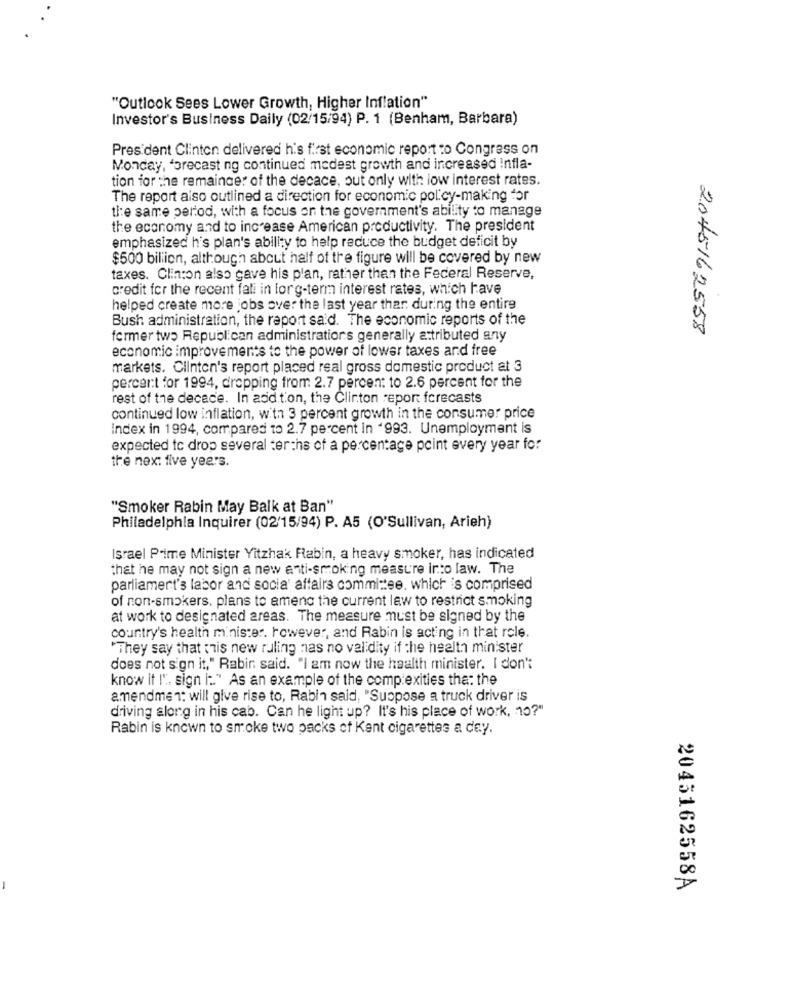
"Outlook Sees Lower Growth, Higher Inflation"
Investor's Business Daily (02/15/94) P. 1 (Benham, Barbara)
President Clinton delivered his first economic report to Congress on
Monday, forecast ng continued medest growth and increased Infla-
tion for the remainder of the decace, out only with low interest rates.
The report also outlined a direction for economic policy-making for
the same period, with a focus on the government's ability to manage
the economy and to increase American productivity. The president
emphasized h's plan's ability to help reduce the budget deficit by
$500 billion, although about half of the figure will be covered by new
taxes. Clinton also gave his plan, rather than the Federal Reserve,
credit for the recent fali in long-term interest rates, which have
helped create more jobs over the last year thar. during the entire
Bush administration, the report said. The economic reports of the
2045162558
former two Republican administrations generally attributed any
economic improvements to the power of lower taxes and free
markets. Clinton's report placed real gross domestic product at 3
percent for 1994, dropping from 2.7 percent to 2.6 percent for the
rest of the decade. In addition, the Clinton report forecasts
continued low inflation, with 3 percent growth in the consumer price
Index in 1994, compared to 2.7 percent In '993. Unemployment is
expected to drop several terths of a percentage point every year for
the next five years.
"Smoker Rabin May Balk at Ban"
Philadelphia Inquirer (02/15/94) P. A5 (O'Sullivan, Arieh)
Israel Prime Minister Yitzhak Rabin, a heavy smoker, has indicated
that he may not sign a new anti-smoking measure into law. The
parliament's labor and socia' affairs committee, which is comprised
of non-smokers. plans to amend the current law to restrict smoking
at work to designated areas. The measure must be signed by the
country's health minister. however, and Rabin is acting in that role.
They say that this new ruling nas no validity if the health minister
does not sign it," Rabin said. "I am now the health minister. I don't
know if I'. sign i:" As an example of the complexities tha: the
amendment will give rise to, Rabin said, "Suppose a truck driver is
driving along in his cab. Can he light up? It's his place of work, 10?"
Rabin is known to smoke two packs of Kent cigarettes a dey.
2045162558A